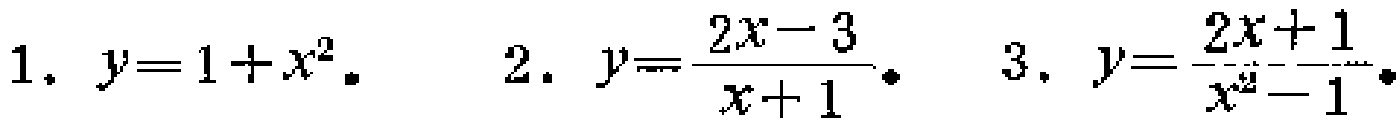
1. \(y = 1 + x^{2}\)。
2. \(y=\frac{2x - 3}{x + 1}\)。
3. \(y=\frac{2x + 1}{x^{2}-1}\)。